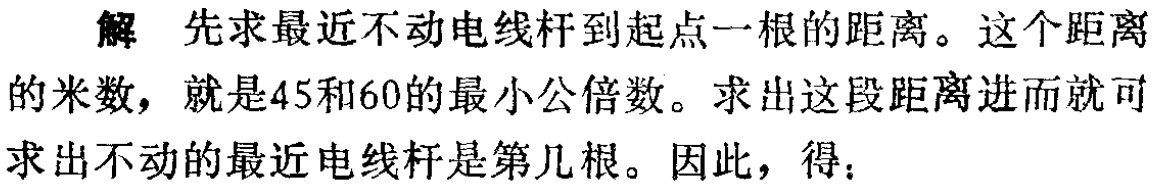
解 先求最近不动电线杆到起点一根的距离。这个距离的米数，就是45和60的最小公倍数。求出这段距离进而就可求出不动的最近电线杆是第几根。因此，得：